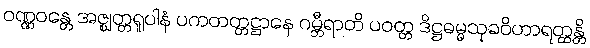
ဝဏ္ဏဝန္တေ အဇ္ဈတ္တရူပါနံ ပကတတ္တဋ္ဌာနေ ဂမ္ဘီရာတိ ပဝတ္တ ဒိဋ္ဌဓမ္မသုခဝိဟာရတ္ထန္တိ